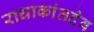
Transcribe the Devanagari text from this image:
राधाकांतदेव